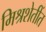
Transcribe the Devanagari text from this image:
मिश्रशेतींत